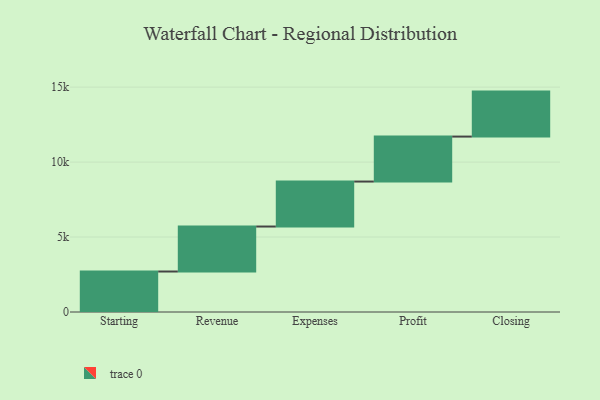
{"axis": {"x": "Step", "y": "Value"}, "legend": [""], "data": [{"x": "Starting", "y": 2701.0, "type": ""}, {"x": "Revenue", "y": 3000, "type": ""}, {"x": "Expenses", "y": 3000, "type": ""}, {"x": "Profit", "y": 3000, "type": ""}, {"x": "Closing", "y": 3000, "type": ""}]}